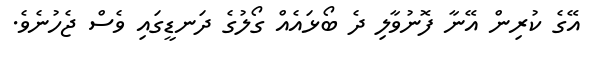
އޭގެ ކުރިން އޭނާ ފޮނުވާލި ދެ ބޯޅައެއް ގޯލުގެ ދަނޑީގައި ވެސް ޖެހުނެވެ.